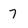
Character: 7